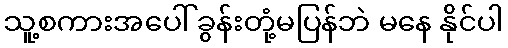
သူ့စကားအပေါ် ခွန်းတုံ့မပြန်ဘဲ မနေ နိုင်ပါ